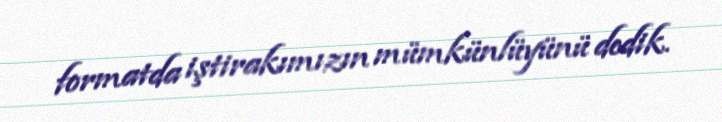
formatda iştirakımızın mümkünlüyünü dedik.